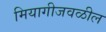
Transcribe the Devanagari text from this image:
मियागीजवळील